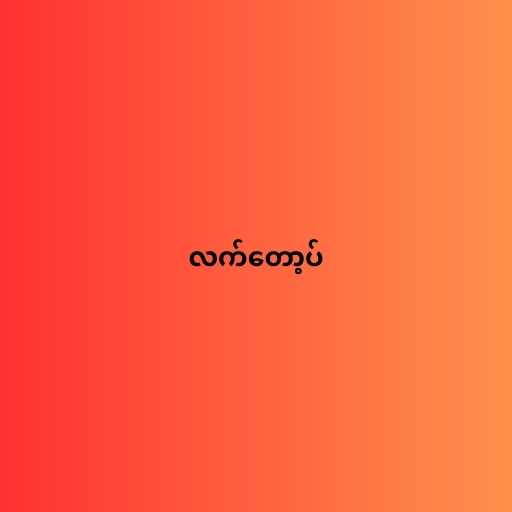
လက်တော့ပ်